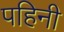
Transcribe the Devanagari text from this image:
पहिनी